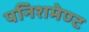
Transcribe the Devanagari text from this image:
पनिशमेण्ट